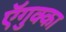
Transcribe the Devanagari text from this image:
ऍगुक्का